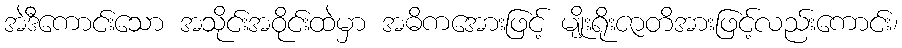
အဲဒီကောင်းသော အသိုင်းအဝိုင်းထဲမှာ အဓိကအေားဖြင့် မျိုးရိုးဇာတိအားဖြင့်လည်းကောင်း၊